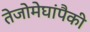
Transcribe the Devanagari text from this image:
तेजोमेघांपैकी